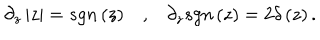
\partial _ { z } \left| z \right| = s g n \left( z \right) , \partial _ { z } s g n \left( z \right) = 2 \delta \left( z \right) .